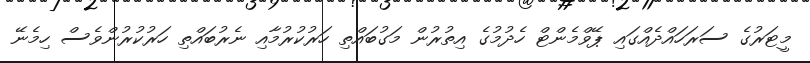
މީޓަރުގެ ސަރަހައްދެއްގައި ޕޭވްމެންޓް ހެދުމުގެ އިތުރުން މަގުބައްތި ހަރުކުރުމާއި ނެރުބައްތި ހަރުކުރުންވެސް ހިމެނޭ